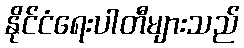
နိုင်ငံရေးပါတီများသည်